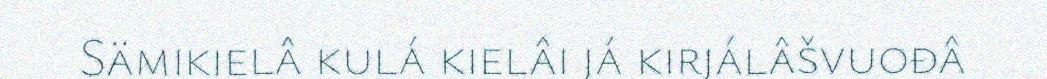
Sämikielâ kulá kielâi já kirjálâšvuođâ